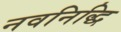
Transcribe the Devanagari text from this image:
नवनिद्धि